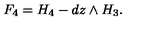
F _ { 4 } = H _ { 4 } - d z \wedge H _ { 3 } .